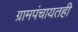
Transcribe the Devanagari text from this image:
ग्रामपंचायतही